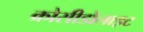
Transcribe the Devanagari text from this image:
क्रोसीडोलाइट